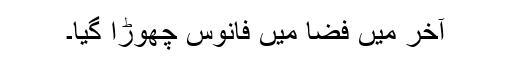
آخر میں فضا میں فانوس چھوڑا گیا۔